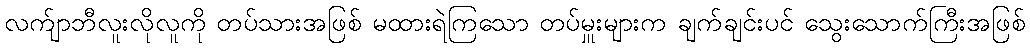
လက်ျာဘီလူးလိုလူကို တပ်သားအဖြစ် မထားရဲကြသော တပ်မှူးများက ချက်ချင်းပင် သွေးသောက်ကြီးအဖြစ်